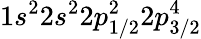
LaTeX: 1s^{2}2s^{2}2p_{1/2}^{2}2p_{3/2}^{4}